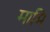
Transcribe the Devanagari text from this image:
मामि